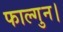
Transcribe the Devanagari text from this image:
फाल्गुन।